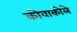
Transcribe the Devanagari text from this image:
कोवाकोले